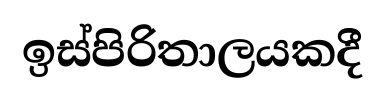
ඉස්පිරිතාලයකදී